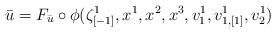
LaTeX: \begin{align*}\bar{u}=F_{\bar{u}}\circ\phi(\zeta_{[-1]}^{1},x^{1},x^{2},x^{3},v_{1}^{1},v_{1,[1]}^{1},v_{2}^{1})\end{align*}